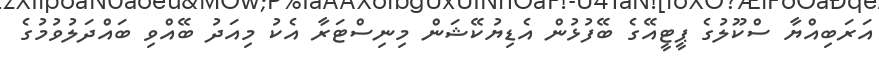
އަރަބިއްޔާ ސްކޫލުގެ ޕީޓީއޭގެ ބޭފުޅުން އެޑިޔުކޭޝަން މިނިސްޓަރާ އެކު މިއަދު ބޭއްވި ބައްދަލުވުމުގެ